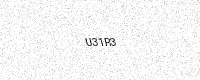
Text: U31R3